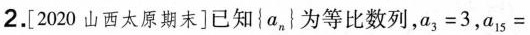
2.[2020山西太原期末]已知{a_{n}}为等比数列，$$a _ { 3 } = 3$$，$$a _ { 1 5 }